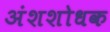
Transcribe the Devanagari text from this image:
अंशशोधक